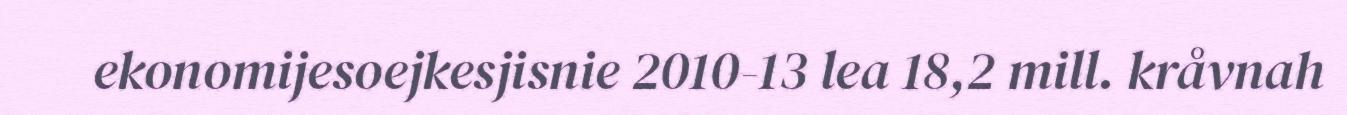
ekonomijesoejkesjisnie 2010-13 lea 18,2 mill. kråvnah